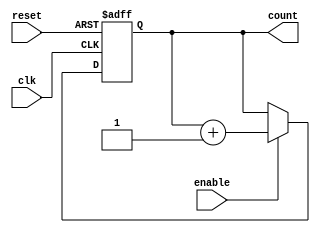
module incremental_counter #(
    parameter WIDTH = 8 // Define the width of the counter (e.g., 8 bits)
)(
    input wire clk,          // Clock input
    input wire reset,        // Asynchronous reset signal
    input wire enable,       // Enable signal for counting
    output reg [WIDTH-1:0] count // Current count value
);

// Asynchronous reset and counting logic
always @(posedge clk or posedge reset) begin
    if (reset) begin
        count <= 0; // Reset the counter to zero
    end else if (enable) begin
        count <= count + 1; // Increment the counter
    end
end

endmodule